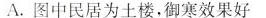
A.图中民居为土楼，御寒效果好